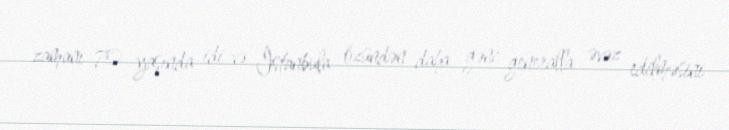
zamanı 70 yaşında idi və İstanbula özündən daha gənc generalla əvəz edilməsini